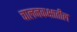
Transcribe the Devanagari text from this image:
चालनकक्षातील